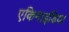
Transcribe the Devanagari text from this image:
एकिनाइडिया